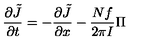
{ \frac { \partial \tilde { J } } { \partial t } } = - { \frac { \partial \tilde { J } } { \partial x } } - { \frac { N f } { 2 \pi I } } \Pi